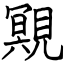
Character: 覭